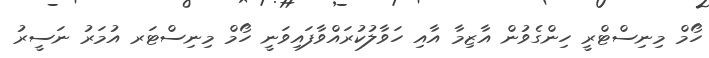
ހޯމް މިނިސްޓްރީ ހިންގެވުން އާޒިމާ އާއި ހަވާލުކުރައްވާފައިވަނީ ހޯމް މިނިސްޓަރ އުމަރު ނަސީރު